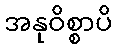
အနုဝိစ္စာပိ